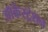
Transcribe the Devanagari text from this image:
ऑर्केस्ट्रेशन